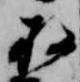
存